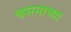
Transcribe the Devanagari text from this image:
श्वसनाच्या